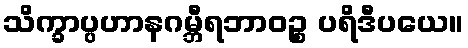
သိက္ခာပ္ပဟာနဂမ္ဘီရဘာဝဉ္စ ပရိဒီပယေ။